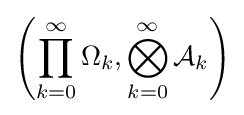
\left(\prod _{k=0}^{\infty }\Omega _{k},\bigotimes _{k=0}^{\infty }{\mathcal {A}}_{k}\right)